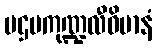
ပဌမကုဏ္ဍလီဝိမာနံ